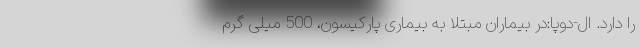
را دارد. ال-دوپا:در بیماران مبتلا به بیماری پارکیسون، 500 میلی گرم